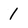
Character: 1